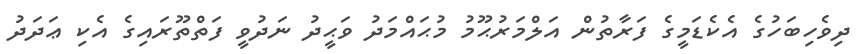
ދިވެހިބަހުގެ އެކެޑަމީގެ ފަރާތުން އަލްމަރުޙޫމު މުޙައްމަދު ވަޙީދު ނަދުވީ ފަތްތޫރައިގެ އެކި ޢަދަދު